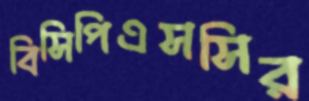
বিসিপিএসসির